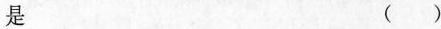
是 ()